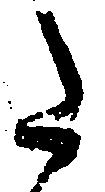
た